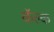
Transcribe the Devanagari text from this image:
कॅल्क